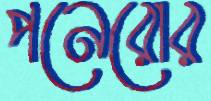
পনেরোর